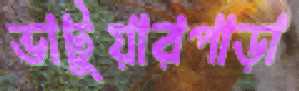
ভাটুয়ারপাড়া